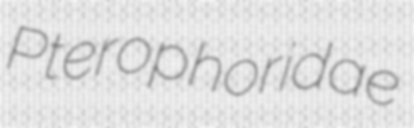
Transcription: Pterophoridae